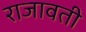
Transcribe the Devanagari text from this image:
राजावती